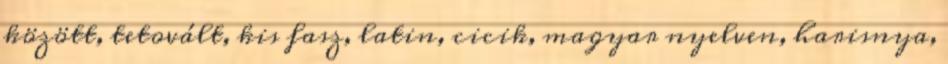
között, tetovált, kis fasz, latin, cicik, magyar nyelven, harisnya,